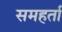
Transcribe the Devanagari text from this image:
समहर्ता